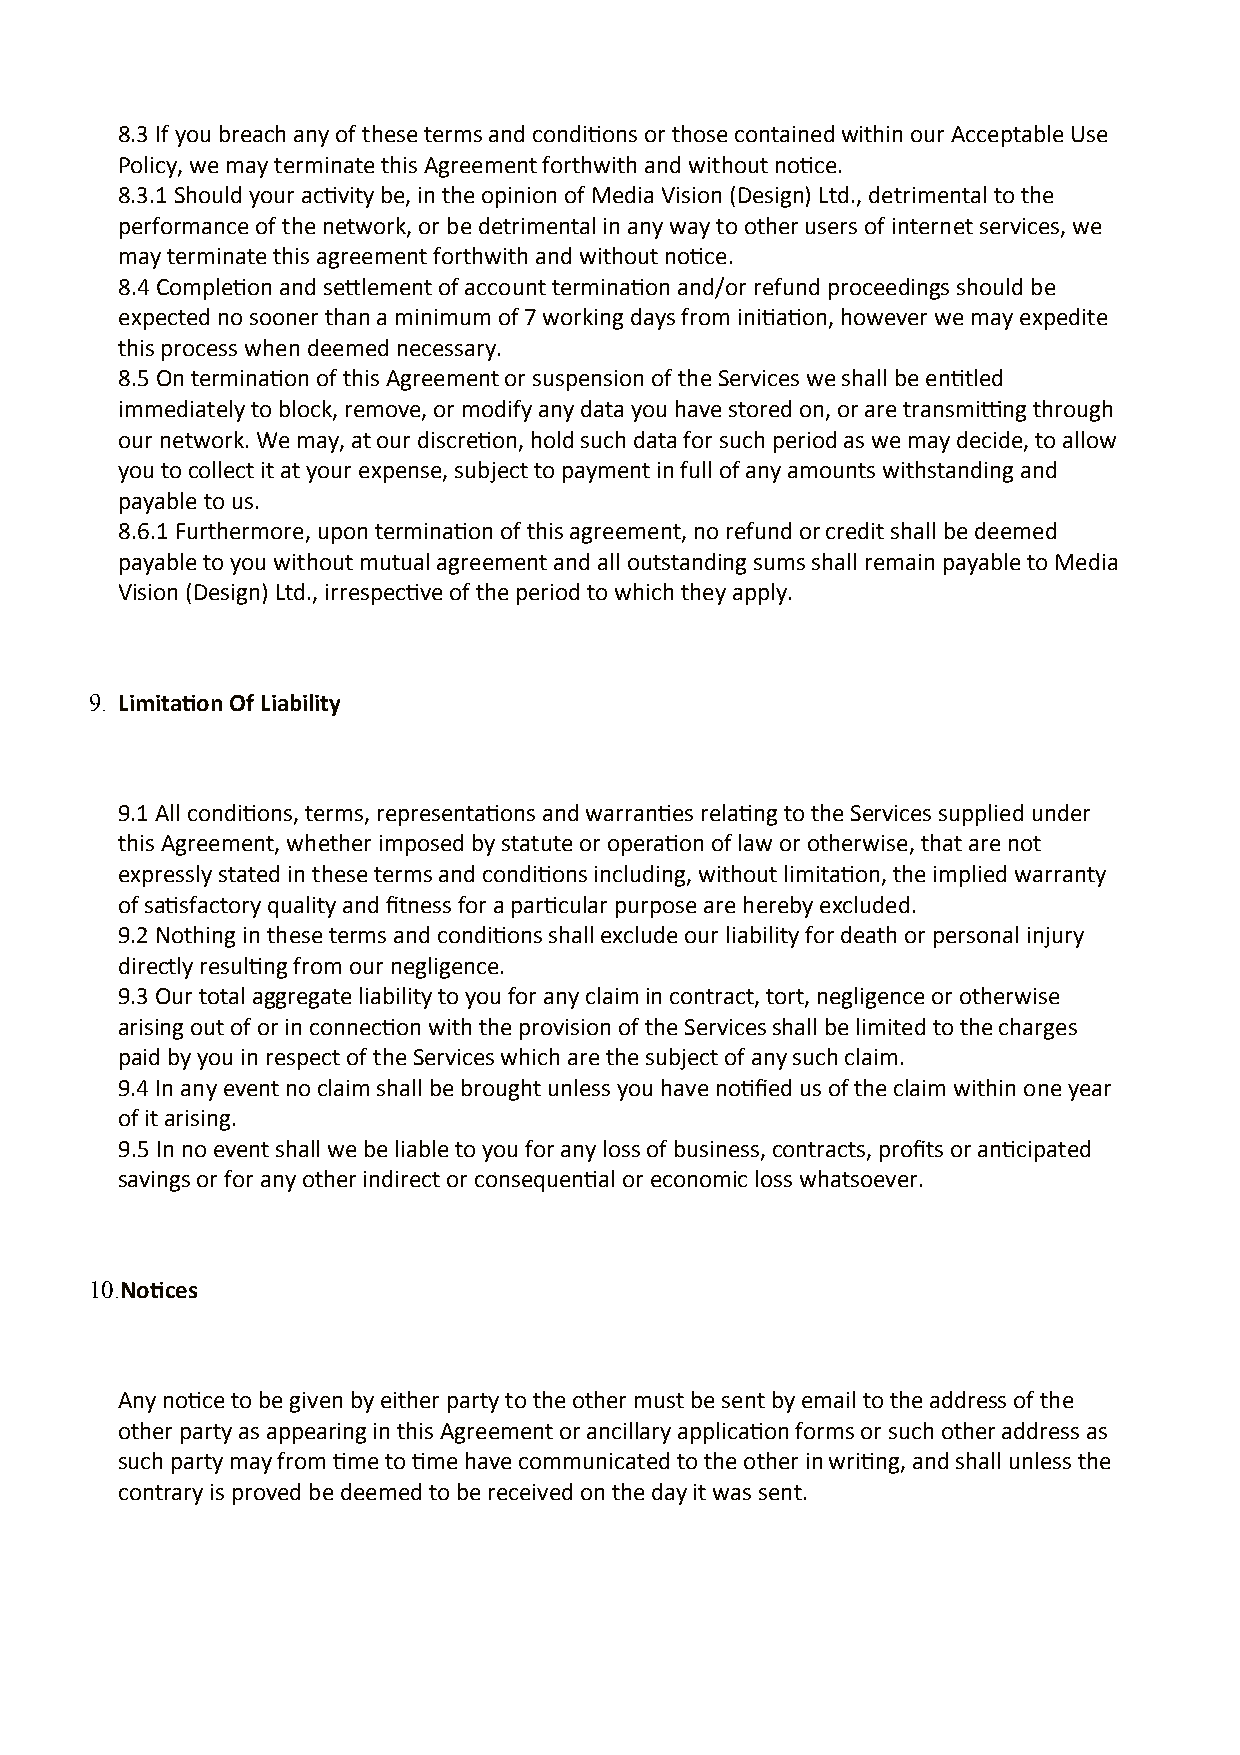
8.3 If you breach any of these terms and conditions or those contained within our Acceptable Use
 Policy, we may terminate this Agreement forthwith and without notice.
 8.3.1 Should your activity be, in the opinion of Media Vision (Design) Ltd., detrimental to the
 performance of the network, or be detrimental in any way to other users of internet services, we
 may terminate this agreement forthwith and without notice.
 8.4 Completion and settlement of account termination and/or refund proceedings should be
 expected no sooner than a minimum of 7 working days from initiation, however we may expedite
 this process when deemed necessary.
 8.5 On termination of this Agreement or suspension of the Services we shall be entitled
 immediately to block, remove, or modify any data you have stored on, or are transmitting through
 our network. We may, at our discretion, hold such data for such period as we may decide, to allow
 you to collect it at your expense, subject to payment in full of any amounts withstanding and
 payable to us.
 8.6.1 Furthermore, upon termination of this agreement, no refund or credit shall be deemed
 payable to you without mutual agreement and all outstanding sums shall remain payable to Media
 Vision (Design) Ltd., irrespective of the period to which they apply.
 9. Limitation Of Liability
 9.1 All conditions, terms, representations and warranties relating to the Services supplied under
 this Agreement, whether imposed by statute or operation of law or otherwise, that are not
 expressly stated in these terms and conditions including, without limitation, the implied warranty
 of satisfactory quality and fitness for a particular purpose are hereby excluded.
 9.2 Nothing in these terms and conditions shall exclude our liability for death or personal injury
 directly resulting from our negligence.
 9.3 Our total aggregate liability to you for any claim in contract, tort, negligence or otherwise
 arising out of or in connection with the provision of the Services shall be limited to the charges
 paid by you in respect of the Services which are the subject of any such claim.
 9.4 In any event no claim shall be brought unless you have notified us of the claim within one year
 of it arising.
 9.5 In no event shall we be liable to you for any loss of business, contracts, profits or anticipated
 savings or for any other indirect or consequential or economic loss whatsoever.
 10.Notices
 Any notice to be given by either party to the other must be sent by email to the address of the
 other party as appearing in this Agreement or ancillary application forms or such other address as
 such party may from time to time have communicated to the other in writing, and shall unless the
 contrary is proved be deemed to be received on the day it was sent.